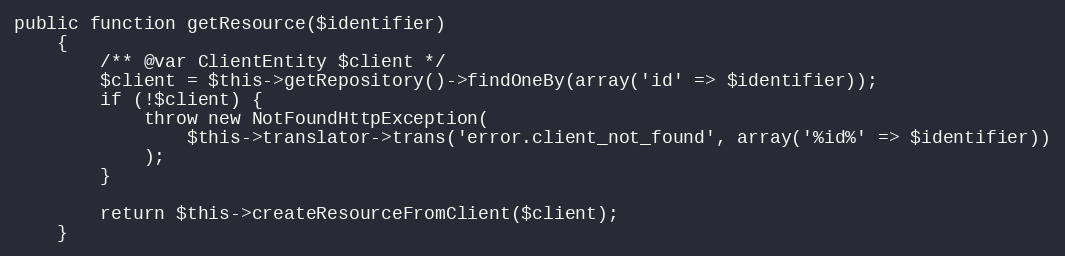
Language: PHP
public function getResource($identifier)
    {
        /** @var ClientEntity $client */
        $client = $this->getRepository()->findOneBy(array('id' => $identifier));
        if (!$client) {
            throw new NotFoundHttpException(
                $this->translator->trans('error.client_not_found', array('%id%' => $identifier))
            );
        }

        return $this->createResourceFromClient($client);
    }